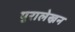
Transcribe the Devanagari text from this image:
पुरालेख्नन